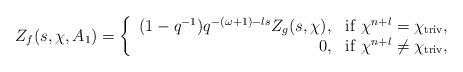
LaTeX: \begin{align*}Z_f(s, \chi, A_1)={\left\{\begin{array}{rl}(1-q^{-1})q^{-(\omega+1)-ls}Z_g(s, \chi),&{\rm if}\ \chi^{n+l}=\chi_{{\rm triv}},\\0, &{\rm if}\ \chi^{n+l}\neq \chi_{{\rm triv}},\end{array}\right.}\end{align*}